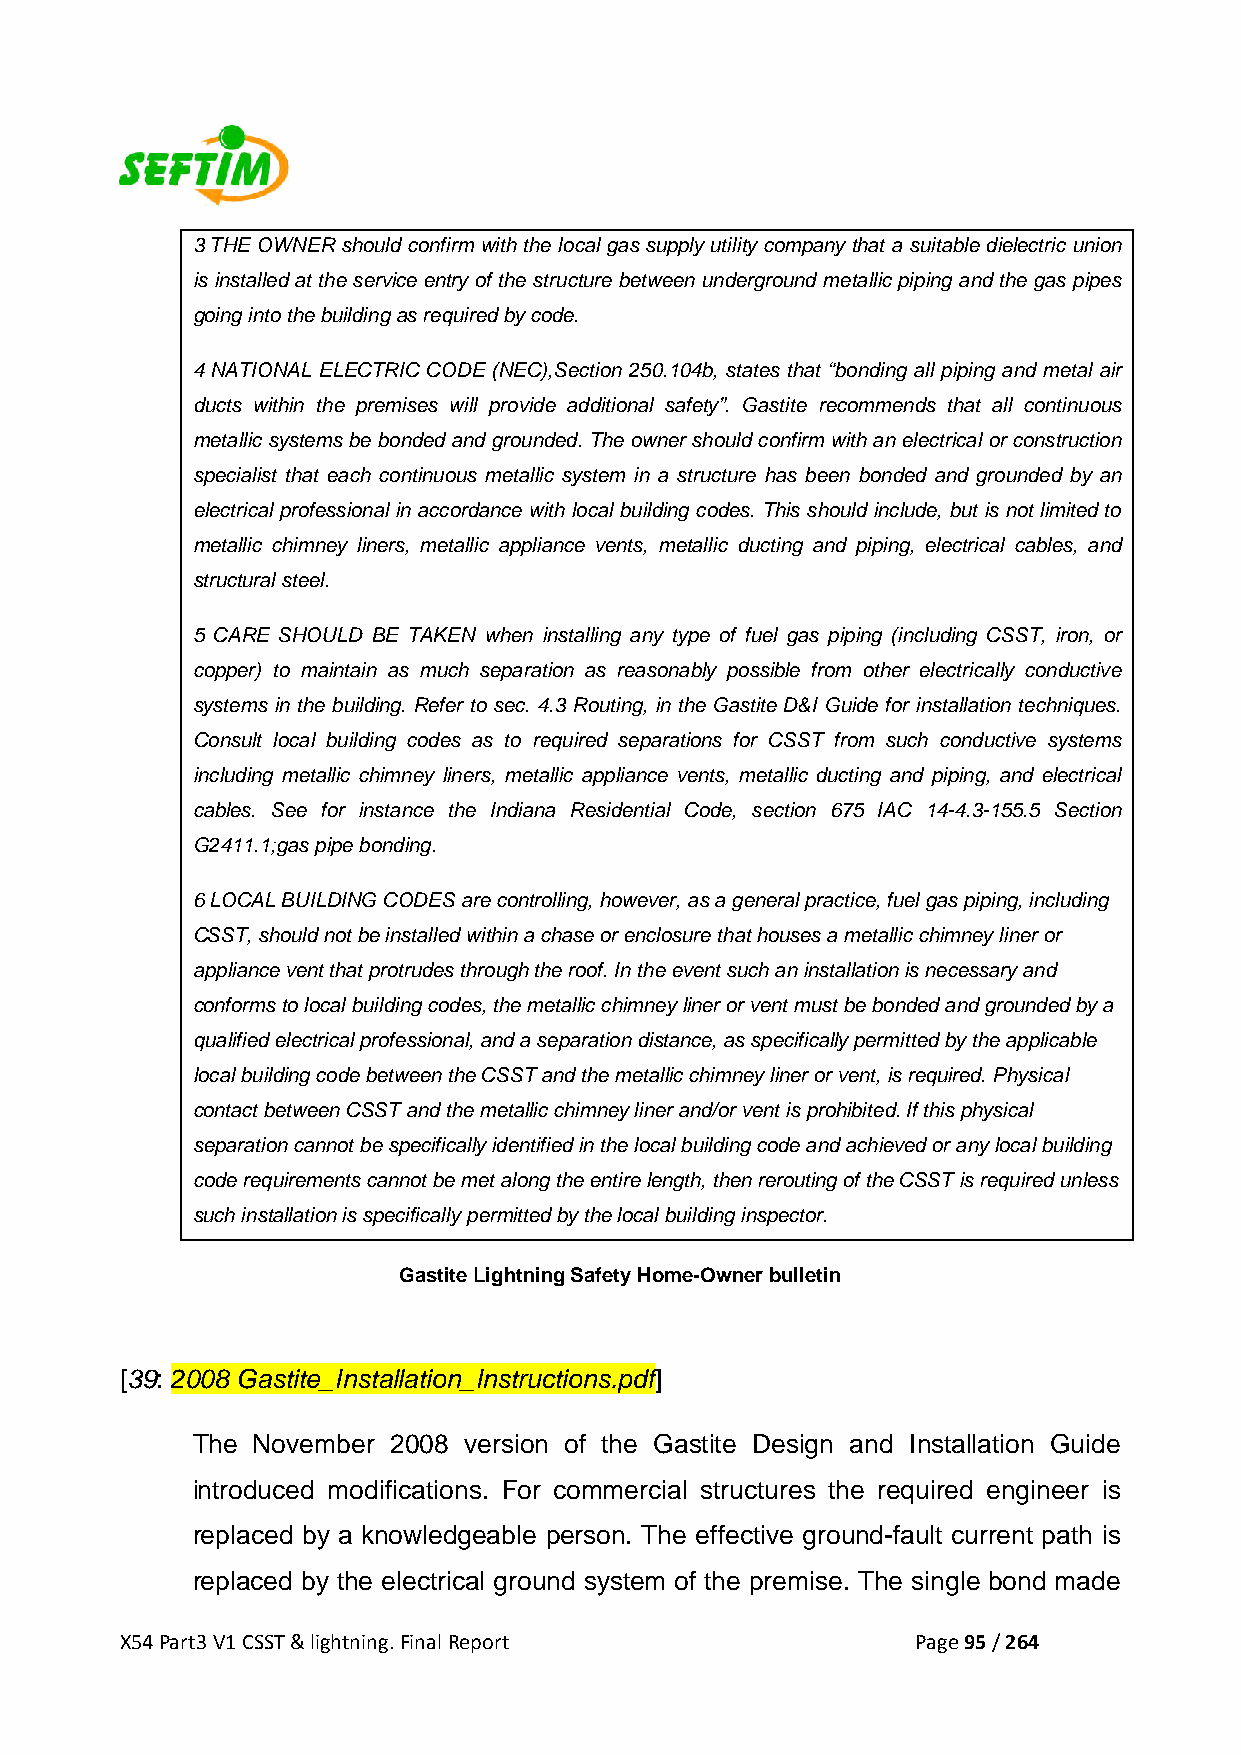
3 THE OWNER should confirm with the local gas supply utility company that a suitable dielectric union
 is installed at the service entry of the structure between underground metallic piping and the gas pipes
 going into the building as required by code.
 4 NATIONAL ELECTRIC CODE (NEC),Section 250.104b, states that “bonding all piping and metal air
 ducts within the premises will provide additional safety”. Gastite recommends that all continuous
 metallic systems be bonded and grounded. The owner should confirm with an electrical or construction
 specialist that each continuous metallic system in a structure has been bonded and grounded by an
 electrical professional in accordance with local building codes. This should include, but is not limited to
 metallic chimney liners, metallic appliance vents, metallic ducting and piping, electrical cables, and
 structural steel.
 5 CARE SHOULD BE TAKEN when installing any type of fuel gas piping (including CSST, iron, or
 copper) to maintain as much separation as reasonably possible from other electrically conductive
 systems in the building. Refer to sec. 4.3 Routing, in the Gastite D&I Guide for installation techniques.
 Consult local building codes as to required separations for CSST from such conductive systems
 including metallic chimney liners, metallic appliance vents, metallic ducting and piping, and electrical
 cables. See for instance the Indiana Residential Code, section 675 IAC 14-4.3-155.5 Section
 G2411.1;gas pipe bonding.
 6 LOCAL BUILDING CODES are controlling, however, as a general practice, fuel gas piping, including
 CSST, should not be installed within a chase or enclosure that houses a metallic chimney liner or
 appliance vent that protrudes through the roof. In the event such an installation is necessary and
 conforms to local building codes, the metallic chimney liner or vent must be bonded and grounded by a
 qualified electrical professional, and a separation distance, as specifically permitted by the applicable
 local building code between the CSST and the metallic chimney liner or vent, is required. Physical
 contact between CSST and the metallic chimney liner and/or vent is prohibited. If this physical
 separation cannot be specifically identified in the local building code and achieved or any local building
 code requirements cannot be met along the entire length, then rerouting of the CSST is required unless
 such installation is specifically permitted by the local building inspector.
 Gastite Lightning Safety Home-Owner bulletin
 [39: 2008 Gastite_Installation_Instructions.pdf]
 The November 2008 version of the Gastite Design and Installation Guide
 introduced modifications. For commercial structures the required engineer is
 replaced by a knowledgeable person. The effective ground-fault current path is
 replaced by the electrical ground system of the premise. The single bond made
 X54 Part3 V1 CSST & lightning. Final Report          Page 95 / 264